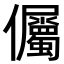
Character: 𭀔